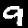
Digit: 9